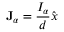
\mathbf { J } _ { \alpha } = { \frac { I _ { \alpha } } { d } } \hat { x }